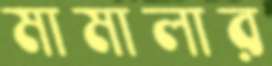
মামালার